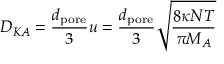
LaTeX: D _ { K A } = { \frac { d _ { \mathrm { p o r e } } } { 3 } } u = { \frac { d _ { \mathrm { p o r e } } } { 3 } } { \sqrt { \frac { 8 \kappa N T } { \pi M _ { A } } } }